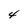
Character: 4